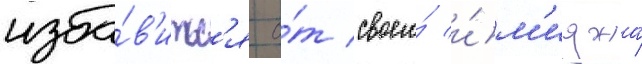
изба́в'итьс'я о́т своего́ и́м'иджа